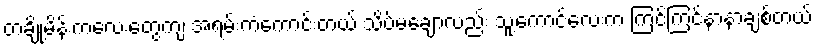
တချို့မိန်းကလေးတွေကျ အရမ်းကံကောင်းတယ် သိပ်မချောလည်း သူ့ကောင်လေးက ကြင်ကြင်နာနာချစ်တယ်